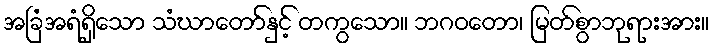
အခြံအရံရှိသော သံဃာတော်နှင့် တကွသော။ ဘဂဝတော၊ မြတ်စွာဘုရားအား။